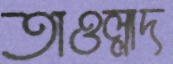
তাওল্লাদ